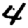
Digit: 4